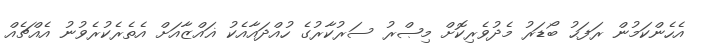
އެހެންކަމުން ރަފަޙު ބޯޑަރު މެދުވެރިކޮށް މިޞްރު ސަރުކާރުގެ ހުއްދައާއެކު ޣައްޒާއަށް އެތެރެކުރެވުނު އެއްޗެއް